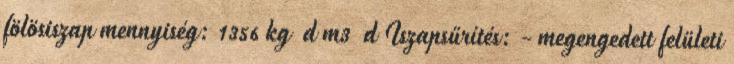
fölösiszap mennyiség: 1356 kg d m3 d Iszapsűrítés: - megengedett felületi